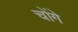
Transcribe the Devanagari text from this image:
चोंगे